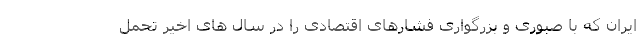
ایران که با صبوری و بزرگواری فشارهای اقتصادی را در سال های اخیر تحمل